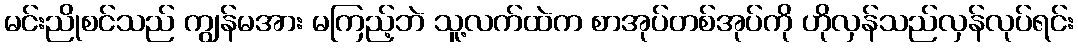
မင်းညိုစင်သည် ကျွန်မအား မကြည့်ဘဲ သူ့လက်ထဲက စာအုပ်တစ်အုပ်ကို ဟိုလှန်သည်လှန်လုပ်ရင်း